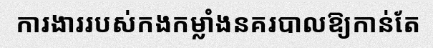
ការងាររបស់កងកម្លាំងនគរបាលឱ្យកាន់តែ